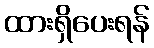
ထားရှိပေးရန်